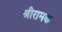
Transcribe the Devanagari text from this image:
श्रीरामक